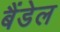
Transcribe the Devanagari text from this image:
बैंडेल